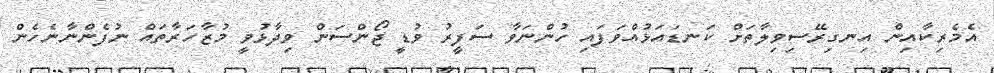
އެމެރިކާއިން އިނގިރޭސިވިލާތަށް ކަނޑައަޅުއްވަފައި ހުންނަވާ ސަފީރު ވުޑީ ޖޯންސަން ވިދާޅުވީ މުޒާހަރާތައް ނުފެންނާނެހެން